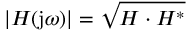
| H ( \mathrm { j } \omega ) | = { \sqrt { H \cdot H ^ { * } } }